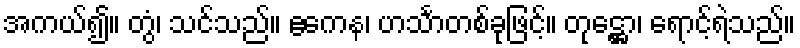
အကယ်၍။ တွံ၊ သင်သည်။ ဧကေန၊ ဟင်္သာတစ်ခုဖြင့်။ တုဋ္ဌော၊ ရောင့်ရဲသည်။